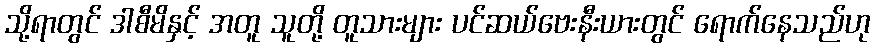
သို့ရာတွင် ဒါစီမိနှင့် အတူ သူတို့ တူသားများ ပင်ဆယ်ဗေးနီးယားတွင် ရောက်နေသည်ဟု